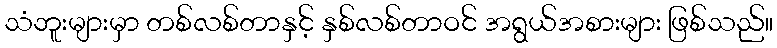
သံဘူးများမှာ တစ်လစ်တာနှင့် နှစ်လစ်တာဝင် အရွယ်အစားများ ဖြစ်သည်။